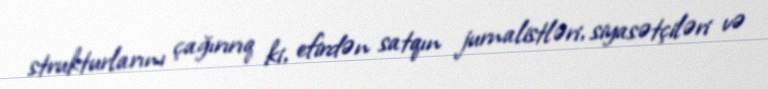
strukturlarını çağırırıq ki, efirdən satqın jurnalistləri, siyasətçiləri və